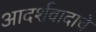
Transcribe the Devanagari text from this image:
आदर्शवादाचे